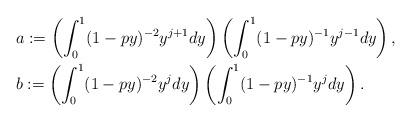
LaTeX: \begin{align*} & a := \left( \int_0^{1} (1-p y)^{-2} y^{j+1} dy\right)\left(\int_0^1 (1-py)^{-1} y^{j-1} dy\right), \\ & b := \left(\int_0^1 (1-py)^{-2} y^{j} dy\right) \left(\int_0^{1} (1-p y)^{-1} y^{j} dy\right).\end{align*}